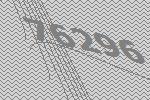
76296